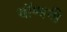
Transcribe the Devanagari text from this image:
बॉम्बनी